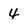
Character: 4